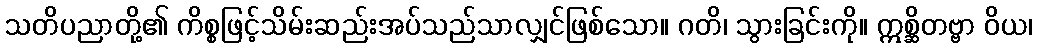
သတိပညာတို့၏ ကိစ္စဖြင့်သိမ်းဆည်းအပ်သည်သာလျှင်ဖြစ်သော။ ဂတိ၊ သွားခြင်းကို။ ဣစ္ဆိတဗ္ဗာ ဝိယ၊